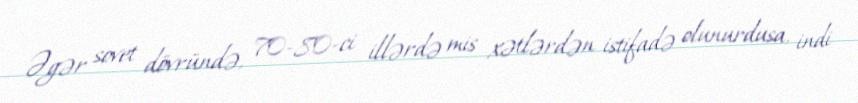
Əgər sovet dövründə, 70-80-ci illərdə mis xətlərdən istifadə olunurdusa, indi